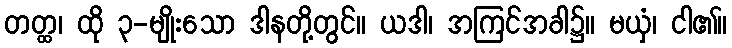
တတ္ထ၊ ထို ၃-မျိုးသော ဒါနတို့တွင်။ ယဒါ၊ အကြင်အခါ၌။ မယှံ၊ ငါ၏။